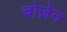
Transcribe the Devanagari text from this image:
चोज़ेन